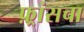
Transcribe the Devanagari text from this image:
फ़्रांसचा